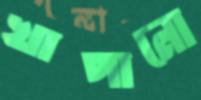
খাপানো